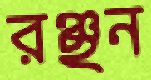
রঞ্ছন